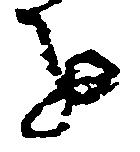
を